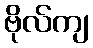
ဗိုလ်ကျ